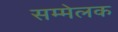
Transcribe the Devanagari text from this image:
सम्मेलक